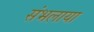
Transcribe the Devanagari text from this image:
संभलाया